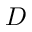
D